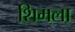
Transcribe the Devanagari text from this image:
शिमला